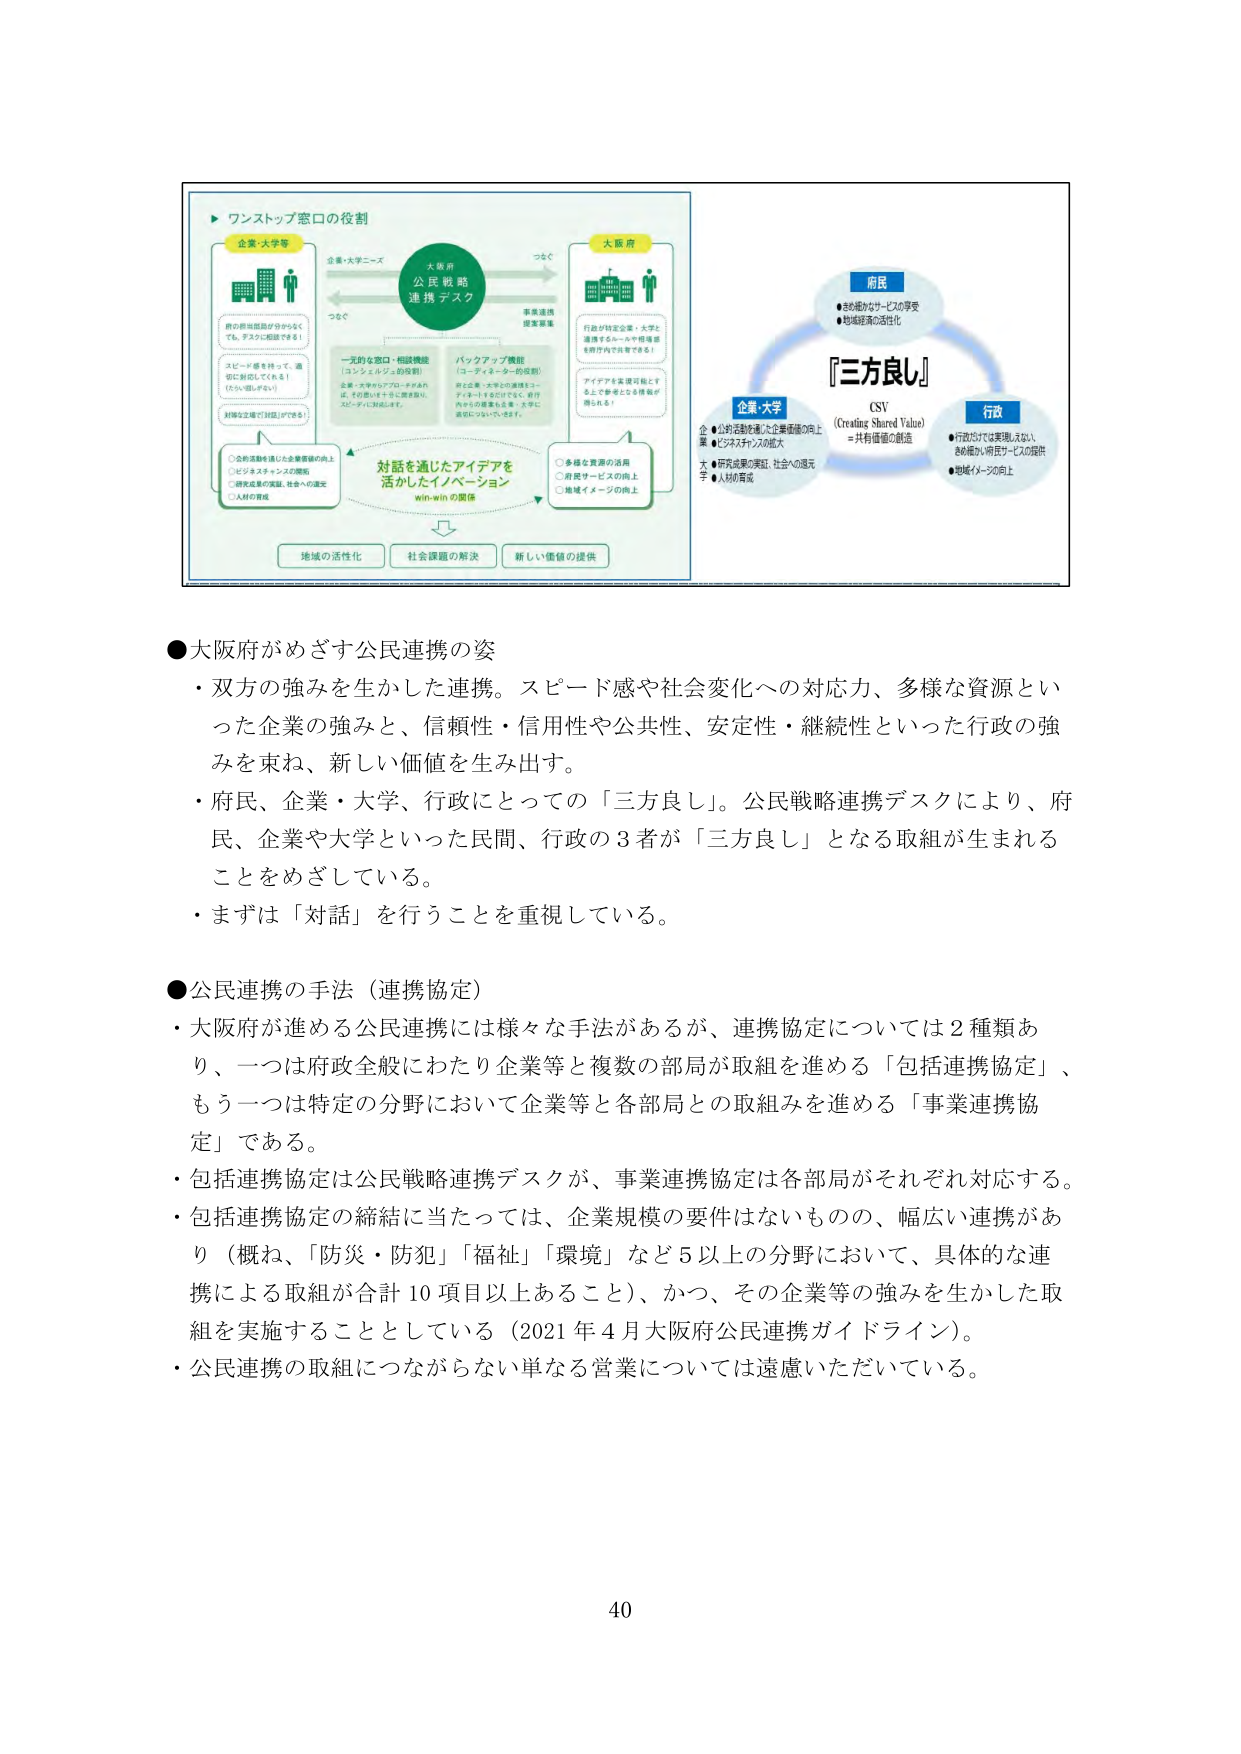
●大阪府がめざす公民連携の姿
・双方の強みを生かした連携。スピード感や社会変化への対応力、多様な資源といった企業の強みと、信頼性・信用性や公共性、安定性・継続性といった行政の強みを束ね、新しい価値を生み出す。
・府民、企業・大学、行政にとっての「三方良し」。公民戦略連携デスクにより、府民、企業や大学といった民間、行政の3者が「三方良し」となる取組が生まれることをめざしている。
・まずは「対話」を行うことを重視している。

●公民連携の手法（連携協定）
・大阪府が進める公民連携には様々な手法があるが、連携協定については2種類あり、一つは府政全般にわたり企業等と複数の部局が取組を進める「包括連携協定」、もう一つは特定の分野において企業等と各部局との取組みを進める「事業連携協定」である。
・包括連携協定は公民戦略連携デスクが、事業連携協定は各部局がそれぞれ対応する。
・包括連携協定の締結に当たっては、企業規模の要件はないものの、幅広い連携があり（概ね、「防災・防犯」「福祉」「環境」など5以上の分野において、具体的な連携による取組が合計10項目以上あること）、かつ、その企業等の強みを生かした取組を実施することとしている（2021年4月大阪府公民連携ガイドライン）。
・公民連携の取組につながらない単なる営業については遠慮いただいている。

40

（図表内テキスト）
▶ワンストップ窓口の役割
企業・大学等
大阪府
公民戦略連携デスク
つなぐ
つなぐ
事業連携提案募集
企業・大学ニーズ
行政が特定企業・大学と連携するルールや枠組を府庁内で共有できる！
アイデアを実現可能とする上で参考となる情報が得られる！
●きめ細かなサービスの享受
●地域経済の活性化
「三方良し」
CSV
（Creating Shared Value）
＝共有価値の創造
企業・大学
行政
●公的活動を通じた企業価値の向上
●ビジネスチャンスの拡大
★研究成果の実証、社会への還元
★人材の育成
●行政だけでは実現しない、きめ細かい府民サービスの提供
●地域イメージの向上
一元的な窓口・相談機能
（コンシェルジュ的役割）
企業・大学からのアプローチがあれば、その問い合わせを一元受付し、スムーズに対応します。
バックアップ機能
（コーディネーター的役割）
府と企業・大学との連携をコーディネートするだけでなく、府内からの提案も企業・大学に適切に伝えていきます。
対話を通じたアイデアを活かしたイノベーション
win-winの関係
○全的活動を通じた企業価値の向上
○ビジネスチャンスの開拓
○研究成果の実証、社会への還元
○人材の育成
○多様な資源の活用
○府民サービスの向上
○地域イメージの向上
地域の活性化
社会課題の解決
新しい価値の提供
●府の担当部局が分かちくても、すみやかに相談できる！
●スピード感を持って、適切に対応してくれる！（たとえば、相談しやすい）
●対話は企業で対応していきます！